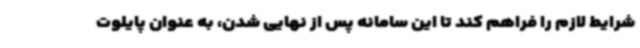
شرایط لازم را فراهم کند تا این سامانه پس از نهایی شدن، به عنوان پایلوت